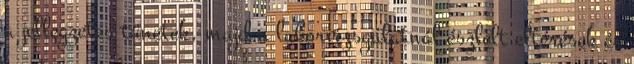
a jellegzetes tünetek, majd a laborvizsgálatnál észlelt eltérések és